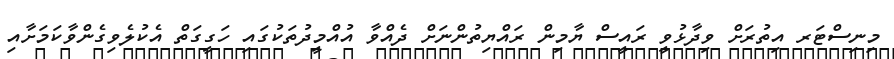
މިނިސްޓަރ އިތުރަށް ވިދާޅުވީ ރައީސް ޔާމިން ރައްޔިތުންނަށް ދެއްވާ އުއްމީދުތަކުގައި ހަގީގަތް އެކުލެވިގެންވާކަމަށާއި